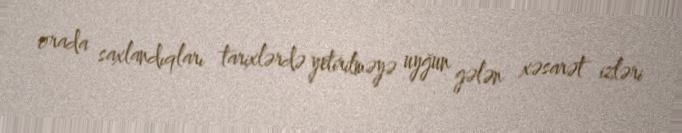
orada saxlandıqları tarixlərdə yetirilməyə uyğun gələn xəsarət izləri